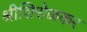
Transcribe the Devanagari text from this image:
श्रीशिरोळकर